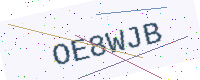
Text: OE8WJB